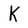
Character: K